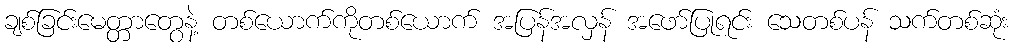
ချစ်ခြင်းမေတ္တာတွေနဲ့ တစ်ယောက်ကိုတစ်ယောက် အပြန်အလှန် အဖော်ပြုရင်း သေတစ်ပန် သက်တစ်ဆုံး